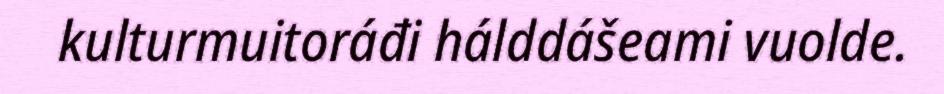
kulturmuitoráđi hálddášeami vuolde.